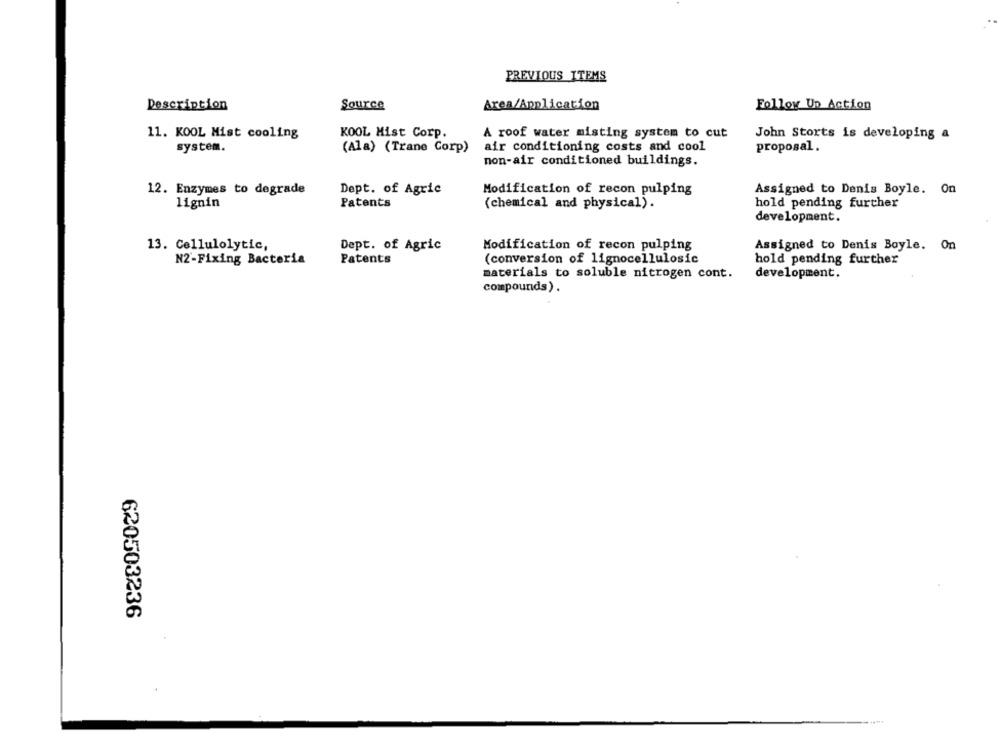
PREVIOUS ITEMS
Description
Area/Application
Follow Up Action
Source
11. KOOL Mist cooling
KOOL Mist Corp.
A roof water misting system to cut
John Storts is developing a
system.
(Ala) (Trane Corp)
air conditioning costs and cool
proposal.
non-air conditioned buildings.
12. Enzymes to degrade
Dept. of Agric
Modification of recon pulping
Assigned to Denis Boyle. On
Patents
lignin
(chemical and physical).
hold pending further
development.
13. Cellulolytic,
Dept. of Agric
Modification of recon pulping
Assigned to Denis Boyle. On
N2-Fixing Bacteria
Patents
(conversion of lignocellulosic
hold pending further
materials to soluble nitrogen cont.
development.
compounds).
620503236